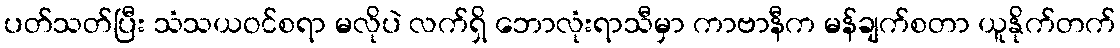
ပတ်သတ်ပြီး သံသယဝင်စရာ မလိုပဲ လက်ရှိ ဘောလုံးရာသီမှာ ကာဗာနီက မန်ချက်စတာ ယူနိုက်တက်